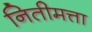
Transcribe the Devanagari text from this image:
नितीमत्ता